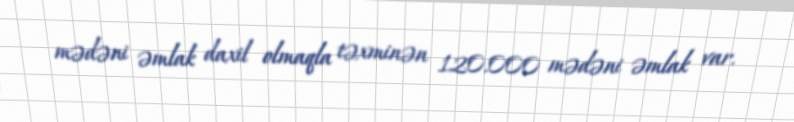
mədəni əmlak daxil olmaqla təxminən 120.000 mədəni əmlak var.